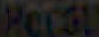
Hecau